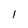
Character: 1